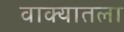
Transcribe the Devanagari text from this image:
वाक्यातला